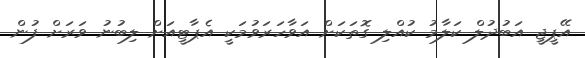
އޭޕީޖީ އަބުދުލް ކަލާމު ކުއްލި ގޮތަކަށް އަވާހަރަވުމަކީ އެޕާޓީއަށް ލިބުނު ވަރަށް ފުން